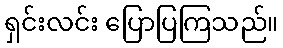
ရှင်းလင်း ပြောပြကြသည်။